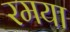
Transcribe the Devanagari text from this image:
रमया